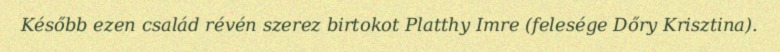
Később ezen család révén szerez birtokot Platthy Imre (felesége Dőry Krisztina).